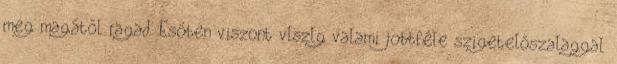
meg magától ragad. Esőben viszont vlszlg valami jobbféle szigetelőszalaggal